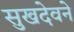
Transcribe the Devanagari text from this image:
सुखदेवने